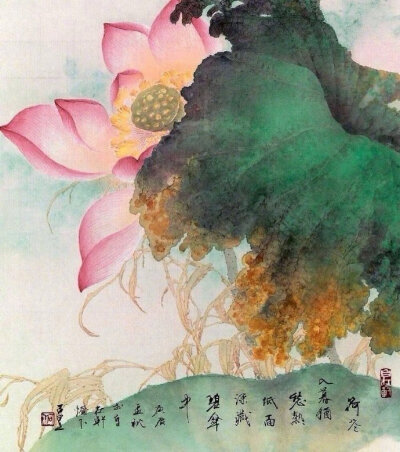
秋花冒绿水，密叶罗青烟。